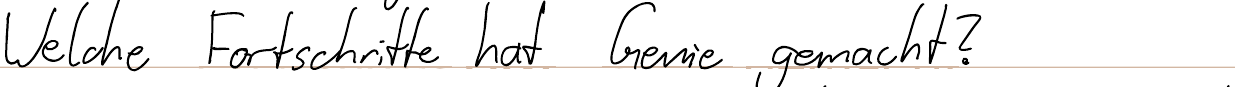
Welche Fortschritte hat Genie gemacht?